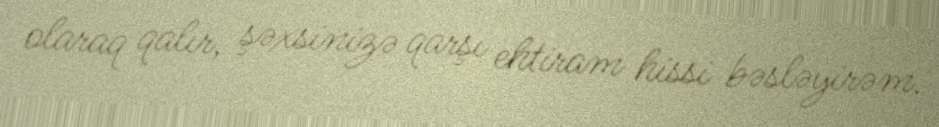
olaraq qalır, şəxsinizə qarşı ehtiram hissi bəsləyirəm.